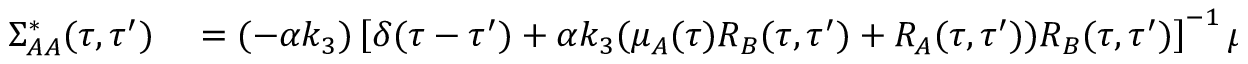
\begin{array} { r l } { \Sigma _ { A A } ^ { * } ( \tau , \tau ^ { \prime } ) } & { { } = ( - \alpha k _ { 3 } ) \left[ \delta ( \tau - \tau ^ { \prime } ) + \alpha k _ { 3 } ( \mu _ { A } ( \tau ) R _ { B } ( \tau , \tau ^ { \prime } ) + R _ { A } ( \tau , \tau ^ { \prime } ) ) R _ { B } ( \tau , \tau ^ { \prime } ) \right] ^ { - 1 } \mu _ { B } ( \tau ^ { \prime } ) } \end{array}